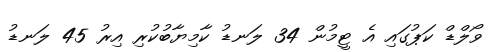
ވޯލްޑް ކަޕުގައި އެ ޓީމުން 34 ލަނޑު ކާމިޔާބުކުރި އިރު 45 ލަނޑު